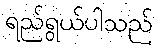
ရည်ရွယ်ပါသည်